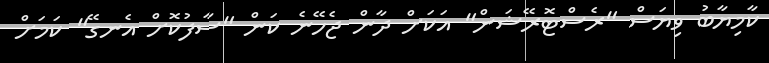
ކާމިޔާބު ވިޔަސް "ރެސްޓޮރޭޝަން" އަކަށް ދާން ޖެހޭނެ ކަން "ސާފުކޮށް އެނގޭ" ކަމަށް